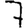
Digit: 7